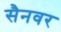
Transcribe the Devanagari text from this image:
सैनवर